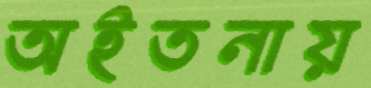
অইতনায়